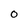
Character: 0